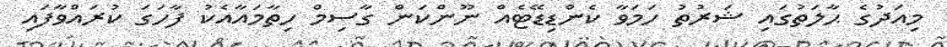
މިއަދުގެ ޙާލަތުގައި ޝަރުތު ހަމަވާ ކެންޑިޑޭޓެއް ނޫންކަން ގާސިމް ހިތާމައާއެކު ފާހަގަ ކުރައްވާފައި